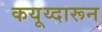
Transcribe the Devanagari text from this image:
कयूय्दारून